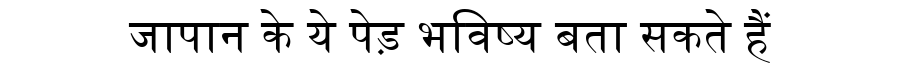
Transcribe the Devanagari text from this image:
जापान के ये पेड़ भविष्य बता सकते हैं